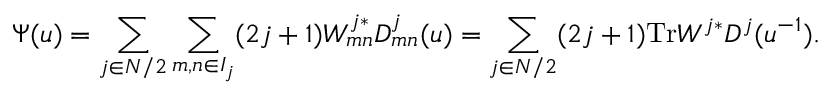
\Psi ( u ) = \sum _ { j \in N / 2 } \sum _ { m , n \in I _ { j } } ( 2 j + 1 ) W _ { m n } ^ { j * } D _ { m n } ^ { j } ( u ) = \sum _ { j \in N / 2 } ( 2 j + 1 ) \mathrm { T r } W ^ { j * } D ^ { j } ( u ^ { - 1 } ) .